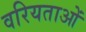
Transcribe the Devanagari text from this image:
वरियताओं